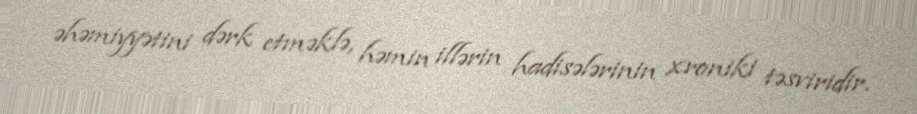
əhəmiyyətini dərk etməklə, həmin illərin hadisələrinin xroniki təsviridir.